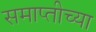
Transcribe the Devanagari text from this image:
समाप्‍तीच्या